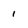
Character: 1